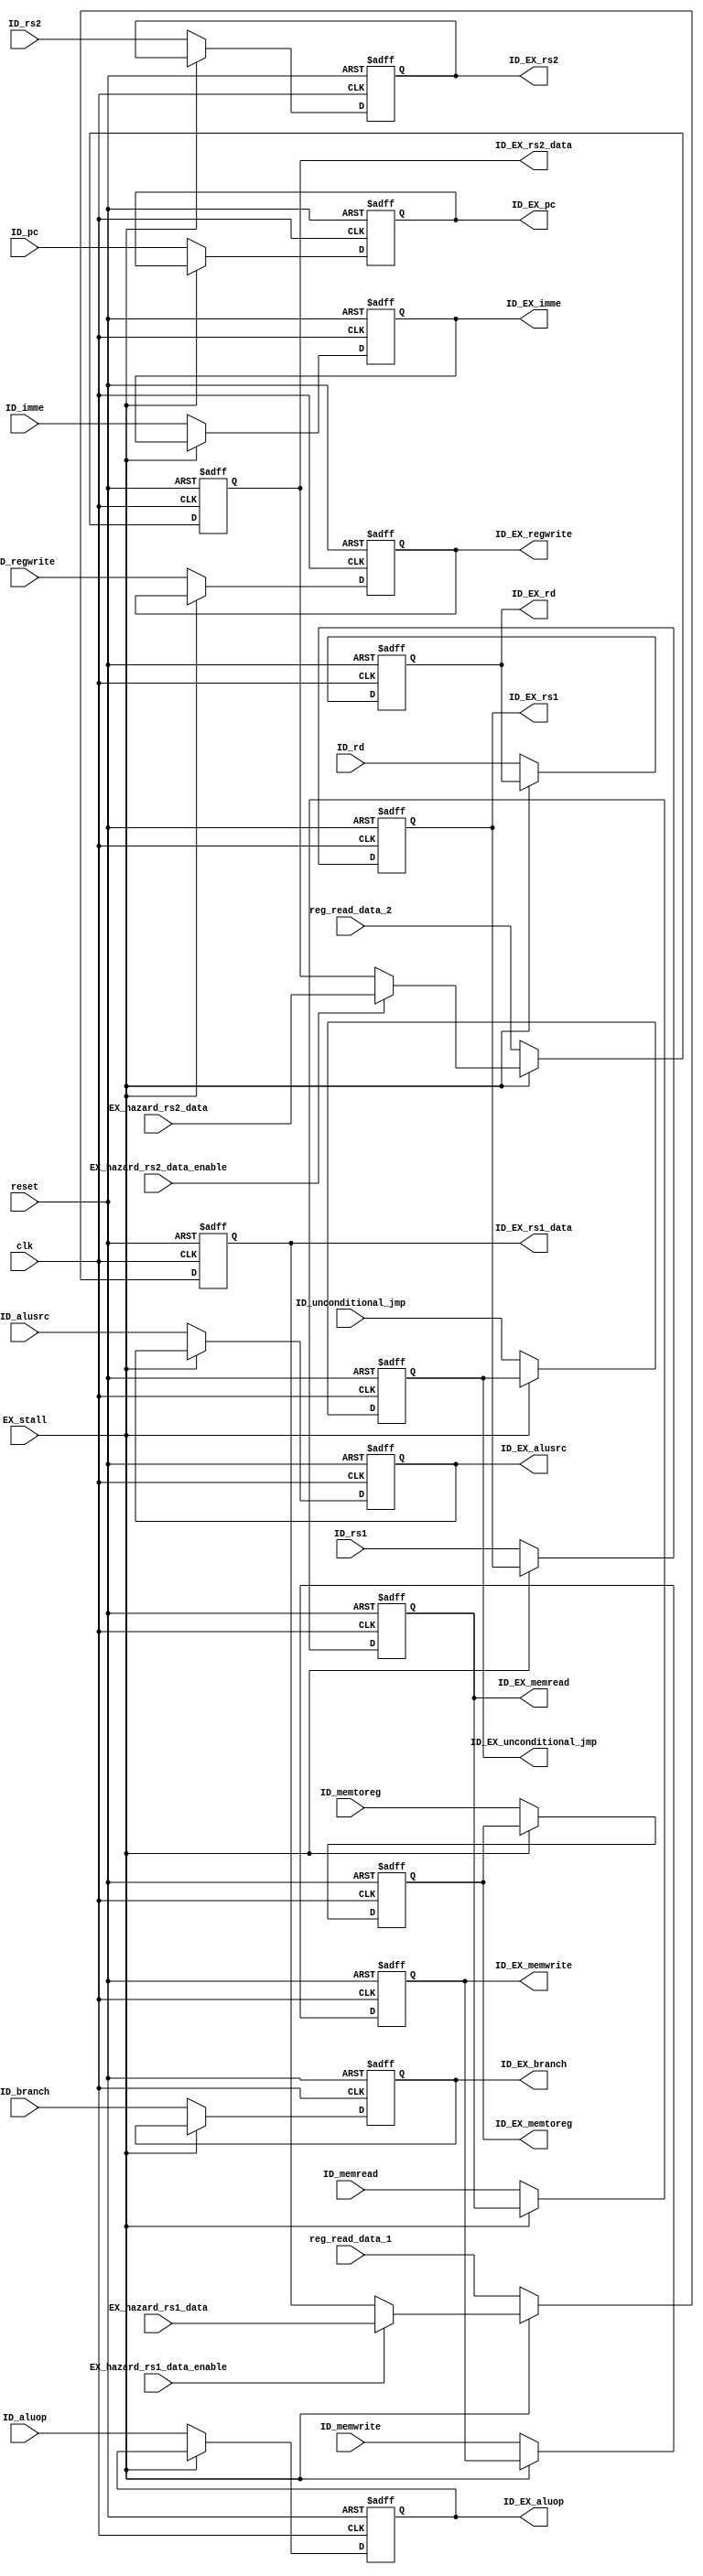
module ID_EX_reg(
                 input             clk,
                 input             reset,
                 // input             EX_flush,
                 input             EX_stall,
                 input             ID_branch,
                 input             ID_memread,
                 input             ID_memtoreg,
                 input [3:0]       ID_aluop,
                 input             ID_memwrite,
                 input             ID_alusrc,
                 input             ID_regwrite,
                 input [31:0]      ID_imme,
                 input [4:0]       ID_rs1,
                 input             EX_hazard_rs1_data_enable,
                 input [31:0]      EX_hazard_rs1_data,
                 input             EX_hazard_rs2_data_enable,
                 input [31:0]      EX_hazard_rs2_data,
                 input [31:0]      reg_read_data_1,
                 input [4:0]       ID_rs2,
                 input [31:0]      reg_read_data_2,
                 input [4:0]       ID_rd,
                 input             ID_unconditional_jmp,
                 input [31:0]      ID_pc,
                 // input             ID_take,
                 output reg        ID_EX_branch,
                 output reg        ID_EX_memread,
                 output reg        ID_EX_memtoreg,
                 output reg [3:0]  ID_EX_aluop,
                 output reg        ID_EX_memwrite,
                 output reg        ID_EX_alusrc,
                 output reg        ID_EX_regwrite,
                 output reg [31:0] ID_EX_imme,
                 output reg [4:0]  ID_EX_rs1,
                 output reg [31:0] ID_EX_rs1_data,
                 output reg [4:0]  ID_EX_rs2,
                 output reg [31:0] ID_EX_rs2_data,
                 output reg [4:0]  ID_EX_rd,
                 output reg        ID_EX_unconditional_jmp,
                 output reg [31:0] ID_EX_pc
                 // output reg        ID_EX_take
                 /*AUTOINPUT*/
                 );
   /*AUTOWIRE*/
   // ID_EX_stall_hazard_checker ID_EX_stall_hazard_checker(/*AUTOINST*/
   //                                                       // Outputs
   //                                                       .ID_EX_stall_hazard_rs1_data(ID_EX_stall_hazard_rs1_data[31:0]),
   //                                                       .ID_EX_stall_hazard_rs2_data(ID_EX_stall_hazard_rs2_data[31:0]),
   //                                                       .ID_EX_stall_hazard_rs1_data_enable(ID_EX_stall_hazard_rs1_data_enable),
   //                                                       .ID_EX_stall_hazard_rs2_data_enable(ID_EX_stall_hazard_rs2_data_enable),
   //                                                       // Inputs
   //                                                       .EX_stall              (EX_stall),
   //                                                       .ID_EX_rs1             (ID_EX_rs1[4:0]),
   //                                                       .ID_EX_rs2             (ID_EX_rs2[4:0]),
   //                                                       .MEM_WB_rd             (MEM_WB_rd[4:0]),
   //                                                       .MEM_WB_regwrite       (MEM_WB_regwrite),
   //                                                       .MEM_WB_result         (MEM_WB_result[31:0]),
   //                                                       .EX_MEM_rd             (EX_MEM_rd[4:0]),
   //                                                       .EX_MEM_ALU_result     (EX_MEM_ALU_result[31:0]),
   //                                                       .EX_MEM_memread        (EX_MEM_memread),
   //                                                       .EX_MEM_regwrite       (EX_MEM_regwrite));
   always @ (posedge clk or posedge reset)
     if (reset)
       ID_EX_branch <= 0;
     else
       if (EX_stall) ID_EX_branch <= ID_EX_branch;
       else
         ID_EX_branch <= ID_branch;

   always @ (posedge clk or posedge reset)
     if (reset)
       ID_EX_memread <= 0;
     else
       if (EX_stall) ID_EX_memread <= ID_EX_memread;
       else
         ID_EX_memread <= ID_memread;

   always @ (posedge clk or posedge reset)
     if (reset)
       ID_EX_memtoreg <= 0;
     else
       if (EX_stall) ID_EX_memtoreg <= ID_EX_memtoreg;
       else
         ID_EX_memtoreg <= ID_memtoreg;

   always @ (posedge clk or posedge reset)
     if (reset)
       ID_EX_aluop <= 0;
     else
       if (EX_stall) ID_EX_aluop <= ID_EX_aluop;
       else
         ID_EX_aluop <= ID_aluop;

   always @ (posedge clk or posedge reset)
     if (reset)
       ID_EX_memwrite <= 0;
     else
       if (EX_stall) ID_EX_memwrite <= ID_EX_memwrite;
       else
         ID_EX_memwrite <= ID_memwrite;

   always @ (posedge clk or posedge reset)
     if (reset)
       ID_EX_alusrc <= 0;
     else
       if (EX_stall) ID_EX_alusrc <= ID_EX_alusrc;
       else
         ID_EX_alusrc <= ID_alusrc;

   always @ (posedge clk or posedge reset)
     if (reset)
       ID_EX_regwrite <= 0;
     else
       if (EX_stall) ID_EX_regwrite <= ID_EX_regwrite;
       else
         ID_EX_regwrite <= ID_regwrite;

   always @ (posedge clk or posedge reset)
     if (reset)
       ID_EX_imme <= 0;
     else
       if (EX_stall) ID_EX_imme <= ID_EX_imme;
       else
         ID_EX_imme <= ID_imme;

   always @ (posedge clk or posedge reset)
     if (reset)
       ID_EX_rs1 <= 0;
     else
       if (EX_stall)
         ID_EX_rs1 <= ID_EX_rs1;
       else
         ID_EX_rs1 <= ID_rs1;

   always @ (posedge clk or posedge reset)
     if (reset)
       ID_EX_rs1_data <= 0;
     else
       if (EX_stall) begin
          if (EX_hazard_rs1_data_enable)
            ID_EX_rs1_data <= EX_hazard_rs1_data;
          else
            ID_EX_rs1_data <= ID_EX_rs1_data;
       end
       else
         ID_EX_rs1_data <= reg_read_data_1;

   always @ (posedge clk or posedge reset)
     if (reset)
       ID_EX_rs2 <= 0;
     else
       if (EX_stall)
         ID_EX_rs2 <= ID_EX_rs2;
       else
         ID_EX_rs2 <= ID_rs2;

   always @ (posedge clk or posedge reset)
     if (reset)
       ID_EX_rs2_data <= 0;
     else
       if (EX_stall) begin
          if (EX_hazard_rs2_data_enable)
            ID_EX_rs2_data <= EX_hazard_rs2_data;
          else
            ID_EX_rs2_data <= ID_EX_rs2_data;
       end
       else
         ID_EX_rs2_data <= reg_read_data_2;


   always @ (posedge clk or posedge reset)
     if (reset)
       ID_EX_rd <= 0;
     else
       if (EX_stall)
         ID_EX_rd <= ID_EX_rd;
       else
         ID_EX_rd <= ID_rd;

   always @ (posedge clk or posedge reset)
     if (reset)
       ID_EX_unconditional_jmp <= 0;
     else
       if (EX_stall)
         ID_EX_unconditional_jmp <= ID_EX_unconditional_jmp;
       else
         ID_EX_unconditional_jmp <= ID_unconditional_jmp;

   always @ (posedge clk or posedge reset)
     if (reset)
       ID_EX_pc <= 0;
     else
       if (EX_stall)
         ID_EX_pc <= ID_EX_pc;
       else
         ID_EX_pc <= ID_pc;

   // always @ (posedge clk or posedge reset)
   //   if (reset)
   //     ID_EX_take <= 0;
   //   else
   //     if (EX_stall)
   //       ID_EX_take <= ID_EX_take;
   //     else
   //       ID_EX_take <= ID_take;

endmodule